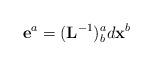
LaTeX: \begin{align*}\mathbf{\mathbf{e}}^{a}=(\mathbf{L}^{-1})_{b}^{a}d\mathbf{x}^{b}\end{align*}